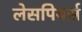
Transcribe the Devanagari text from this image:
लेसपियर्स